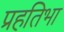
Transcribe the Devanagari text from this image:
प्रहतिभा